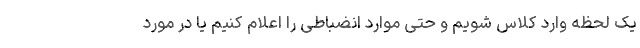
یک لحظه وارد کلاس شویم و حتی موارد انضباطی را اعلام کنیم یا در مورد